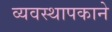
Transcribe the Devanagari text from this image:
व्यवस्थापकाने